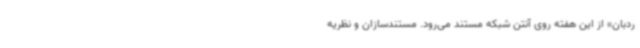
ردبان» از این هفته روی آنتن شبکه مستند می‌رود. مستندسازان و نظریه